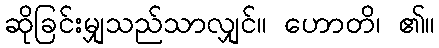
ဆိုခြင်းမျှသည်သာလျှင်။ ဟောတိ၊ ၏။